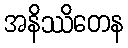
အနိဿိတေန